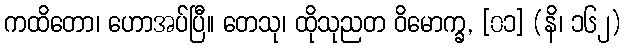
ကထိတော၊ ဟောအပ်ပြီ။ တေသု၊ ထိုသုညတ ဝိမောက္ခ, [၀၁] (နိ၊ ၁၆၂)